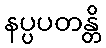
နပ္ပပတန္တိ